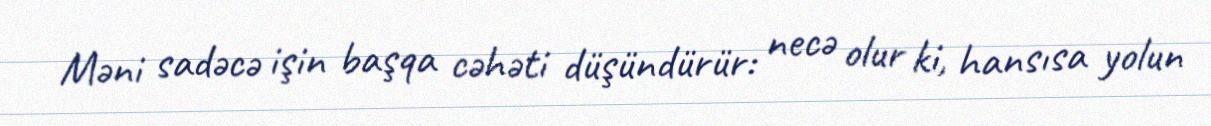
Məni sadəcə işin başqa cəhəti düşündürür: necə olur ki, hansısa yolun